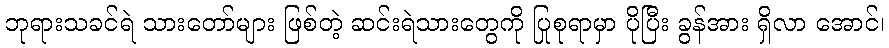
ဘုရားသခင်ရဲ သားတော်များ ဖြစ်တဲ့ ဆင်းရဲသားတွေကို ပြုစုရာမှာ ပိုပြီး ခွန်အား ရှိလာ အောင်၊